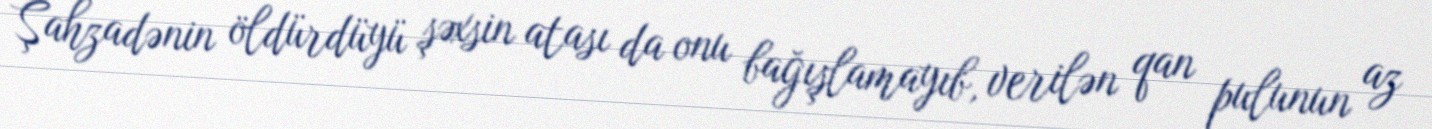
Şahzadənin öldürdüyü şəxsin atası da onu bağışlamayıb, verilən qan pulunun az